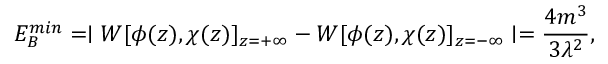
E _ { B } ^ { m i n } = \mid W [ \phi ( z ) , \chi ( z ) ] _ { z = + \infty } - W [ \phi ( z ) , \chi ( z ) ] _ { z = - \infty } \mid = \frac { 4 m ^ { 3 } } { 3 \lambda ^ { 2 } } ,